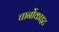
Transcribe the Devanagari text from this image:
चार्नोकाइट